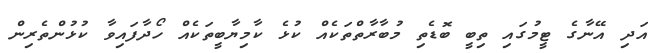
އަދި އޭނާގެ ޓީމުގައި ތިބީ ބޮޑެތި މުބާރާތްތަކެއް ކުޅެ ކާމިޔާބީތަކެއް ހޯދާފައިވާ ކުޅުންތެެރިން